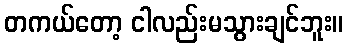
တကယ်တော့ ငါလည်းမသွားချင်ဘူး။